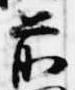
前